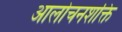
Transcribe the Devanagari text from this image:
आलोचनशक्ति